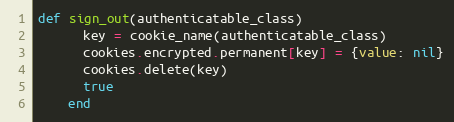
Language: Ruby
def sign_out(authenticatable_class)
      key = cookie_name(authenticatable_class)
      cookies.encrypted.permanent[key] = {value: nil}
      cookies.delete(key)
      true
    end